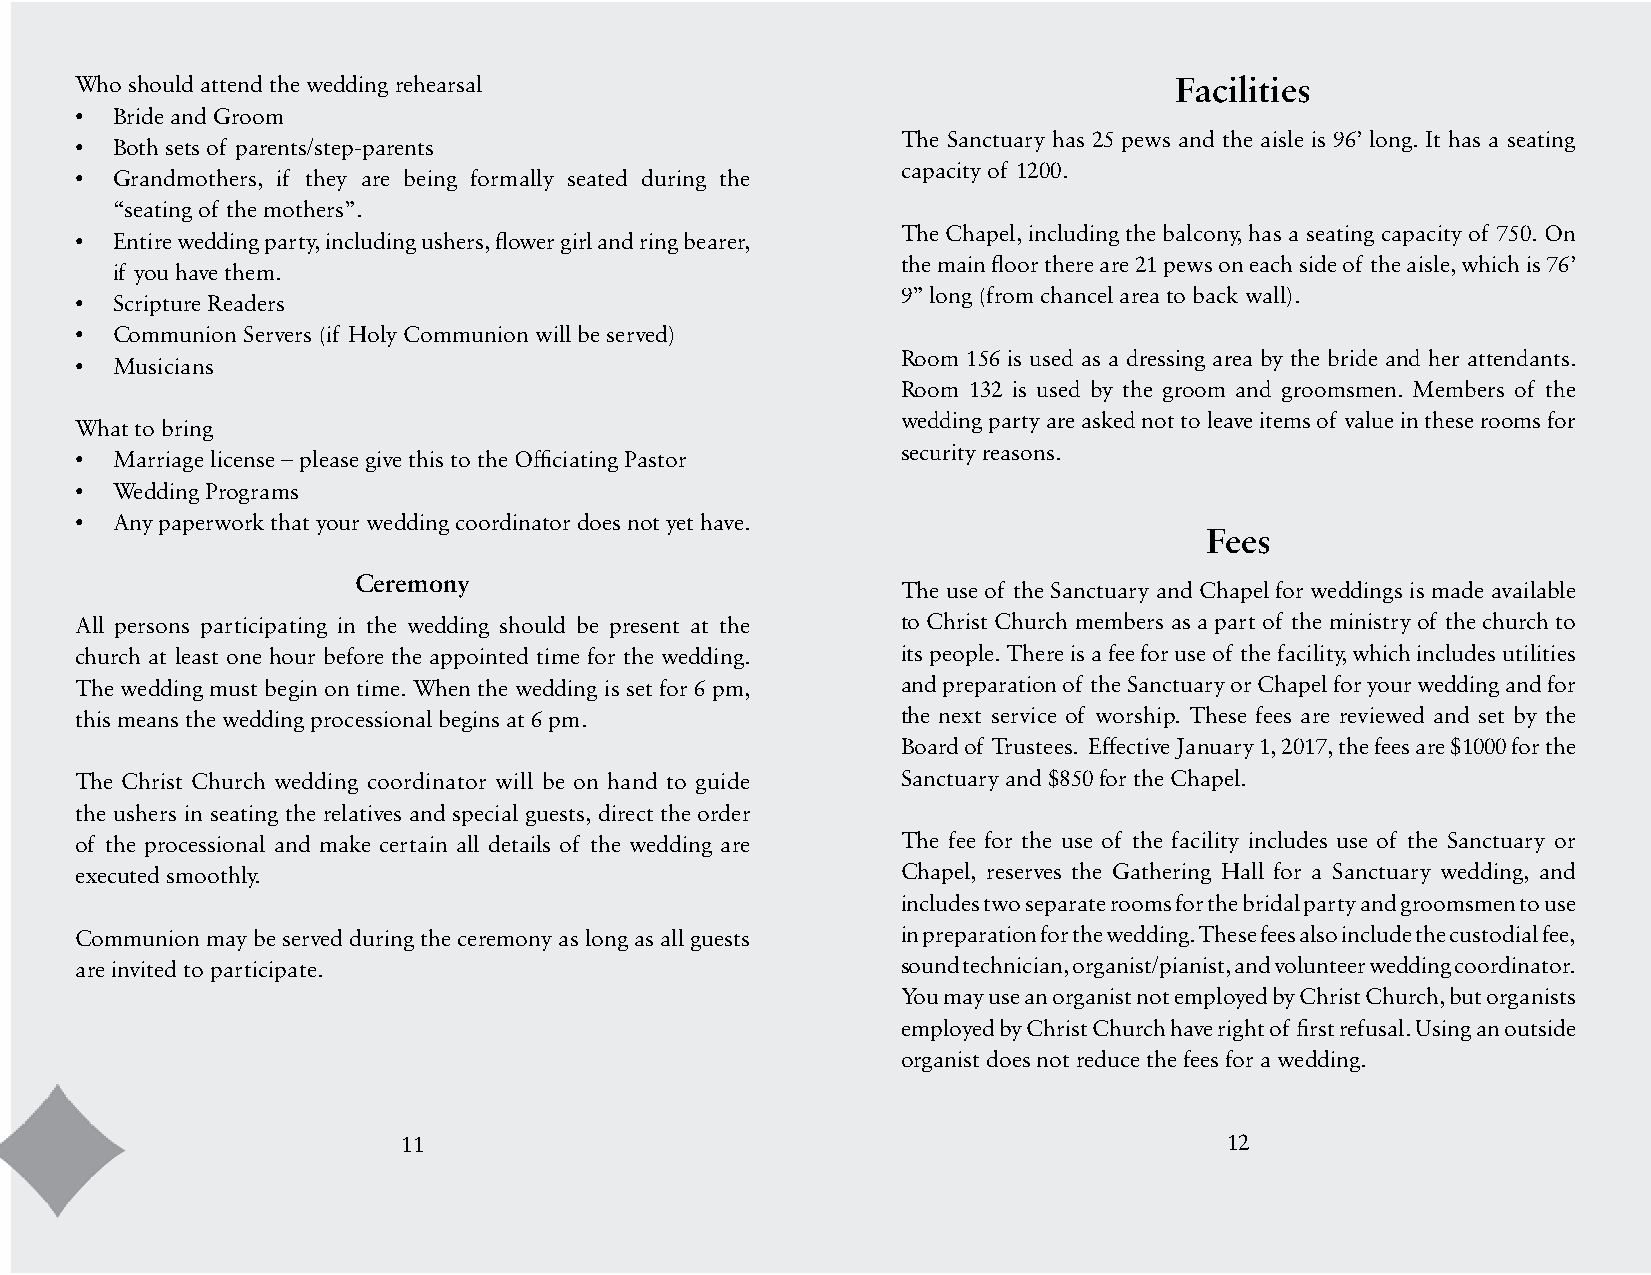
Who should attend the wedding rehearsal                                  Facilities
 • Bride and Groom
 The Sanctuary has 25 pews and the aisle is 96’ long. It has a seating
 • Both sets of parents/step-parents
 capacity of 1200.
 • Grandmothers, if they are being formally seated during the
 “seating of the mothers”.
 The Chapel, including the balcony, has a seating capacity of 750. On
 • Entire wedding party, including ushers, flower girl and ring bearer,
 the main floor there are 21 pews on each side of the aisle, which is 76’
 if you have them.
 9” long (from chancel area to back wall).
 • Scripture Readers
 • Communion Servers (if Holy Communion will be served)
 Room 156 is used as a dressing area by the bride and her attendants.
 • Musicians
 Room 132 is used by the groom and groomsmen. Members of the
 wedding party are asked not to leave items of value in these rooms for
 What to bring
 security reasons.
 • Marriage license – please give this to the Officiating Pastor
 • Wedding Programs
 • Any paperwork that your wedding coordinator does not yet have.
 Fees
 Ceremony
 The use of the Sanctuary and Chapel for weddings is made available
 All persons participating in the wedding should be present at the to Christ Church members as a part of the ministry of the church to
 church at least one hour before the appointed time for the wedding. its people. There is a fee for use of the facility, which includes utilities
 The wedding must begin on time. When the wedding is set for 6 pm, and preparation of the Sanctuary or Chapel for your wedding and for
 this means the wedding processional begins at 6 pm.    the next service of worship. These fees are reviewed and set by the
 Board of Trustees. Effective January 1, 2017, the fees are $1000 for the
 The Christ Church wedding coordinator will be on hand to guide Sanctuary and $850 for the Chapel.
 the ushers in seating the relatives and special guests, direct the order
 of the processional and make certain all details of the wedding are The fee for the use of the facility includes use of the Sanctuary or
 executed smoothly.                                     Chapel, reserves the Gathering Hall for a Sanctuary wedding, and
 includes two separate rooms for the bridal party and groomsmen to use
 Communion may be served during the ceremony as long as all guests in preparation for the wedding. These fees also include the custodial fee,
 are invited to participate.                            sound technician, organist/pianist, and volunteer wedding coordinator.
 You may use an organist not employed by Christ Church, but organists
 employed by Christ Church have right of first refusal. Using an outside
 organist does not reduce the fees for a wedding.
 11                                                    12